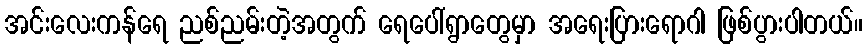
အင်းလေးကန်ရေ ညစ်ညမ်းတဲ့အတွက် ရေပေါ်ရွာတွေမှာ အရေးပြားရောဂါ ဖြစ်ပွားပါတယ်။